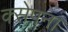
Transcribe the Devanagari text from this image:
क्सेपना